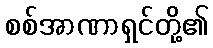
စစ်အာဏာရှင်တို့၏